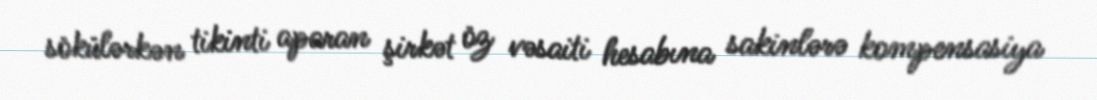
sökülərkən tikinti aparan şirkət öz vəsaiti hesabına sakinlərə kompensasiya